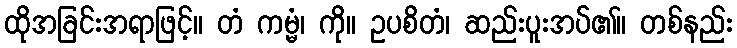
ထိုအခြင်းအရာဖြင့်။ တံ ကမ္မံ၊ ကို။ ဥပစိတံ၊ ဆည်းပူးအပ်၏။ တစ်နည်း